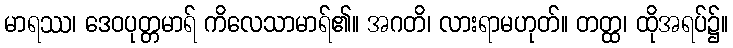
မာရဿ၊ ဒေဝပုတ္တမာရ် ကိလေသာမာရ်၏။ အဂတိ၊ လားရာမဟုတ်။ တတ္ထ၊ ထိုအရပ်၌။